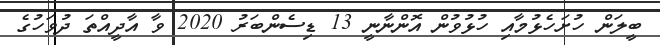
ބީލަން ހުށަހެޅުމާއި ހުޅުވުން އޮންނާނީ 13 ޑިސެންބަރު 2020 ވާ އާދީއްތަ ދުވަހުގެ